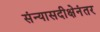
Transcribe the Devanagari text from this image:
संन्यासदीक्षेनंतर